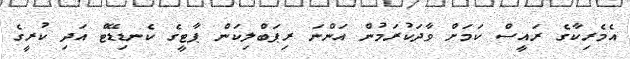
އެމެރިކާގެ ރައީސް ކަމަށް ވާދަކުރަމުން އަންނަ ރިޕަބްލިކަން ޕާޓީގެ ކެނޑިޑޭޓް އަދި ކުރީގެ